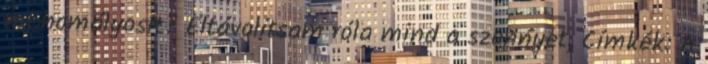
mi homályosít? Eltávolítsam róla mind a szennyet, Címkék: A